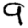
Digit: 9